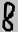
Text: 8